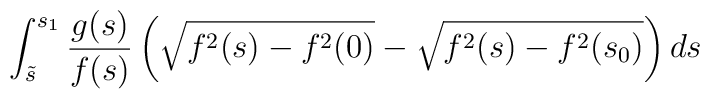
\int_{\tilde{s}}^{s_1} \frac{g(s)}{f(s)} \left(\sqrt{f^2(s) - f^2( 0 )} - \sqrt{f^2(s) - f^2(s_0)}\right) ds